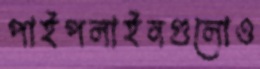
পাইপলাইনগুলোও